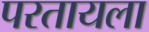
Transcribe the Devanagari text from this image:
परतायला